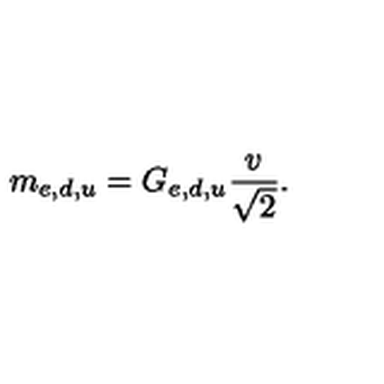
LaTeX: m _ { e , d , u } = G _ { e , d , u } \frac { v } { \sqrt { 2 } } .